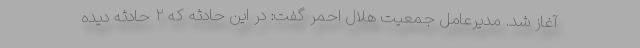
آغاز شد. مدیرعامل جمعیت هلال احمر گفت: در این حادثه که ۲ حادثه دیده